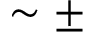
\sim \pm